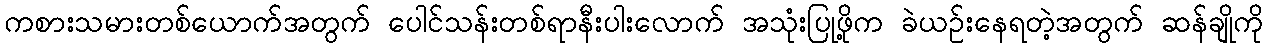
ကစားသမားတစ်ယောက်အတွက် ပေါင်သန်းတစ်ရာနီးပါးလောက် အသုံးပြုဖို့က ခဲယဉ်းနေရတဲ့အတွက် ဆန်ချိုကို